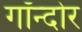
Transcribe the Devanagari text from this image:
गॉन्दोर